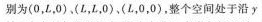
别为(0，L，0)、(L，L，0)、(L，0，0)，整个空间处于沿γ